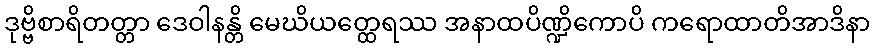
ဒုဗ္ဗိစာရိတတ္တာ ဒေဝါနန္တိ မေဃိယတ္ထေရဿ အနာထပိဏ္ဍိကောပိ ကရောထာတိအာဒိနာ